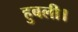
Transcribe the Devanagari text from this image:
हुबली।